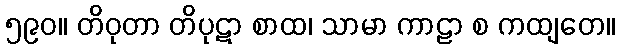
၅၉၀။ တိဝုတာ တိပုဋာ စာထ၊ သာမာ ကာဠာ စ ကထျတေ။